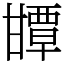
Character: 㽑